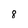
Character: 8